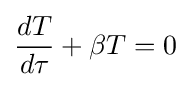
{\frac {dT}{d\tau }}+\beta T=0